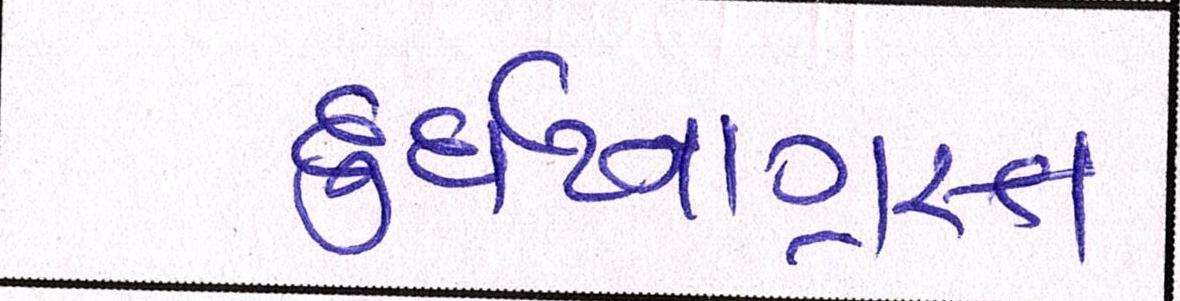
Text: દુર્ઘટનાગ્રસ્ત